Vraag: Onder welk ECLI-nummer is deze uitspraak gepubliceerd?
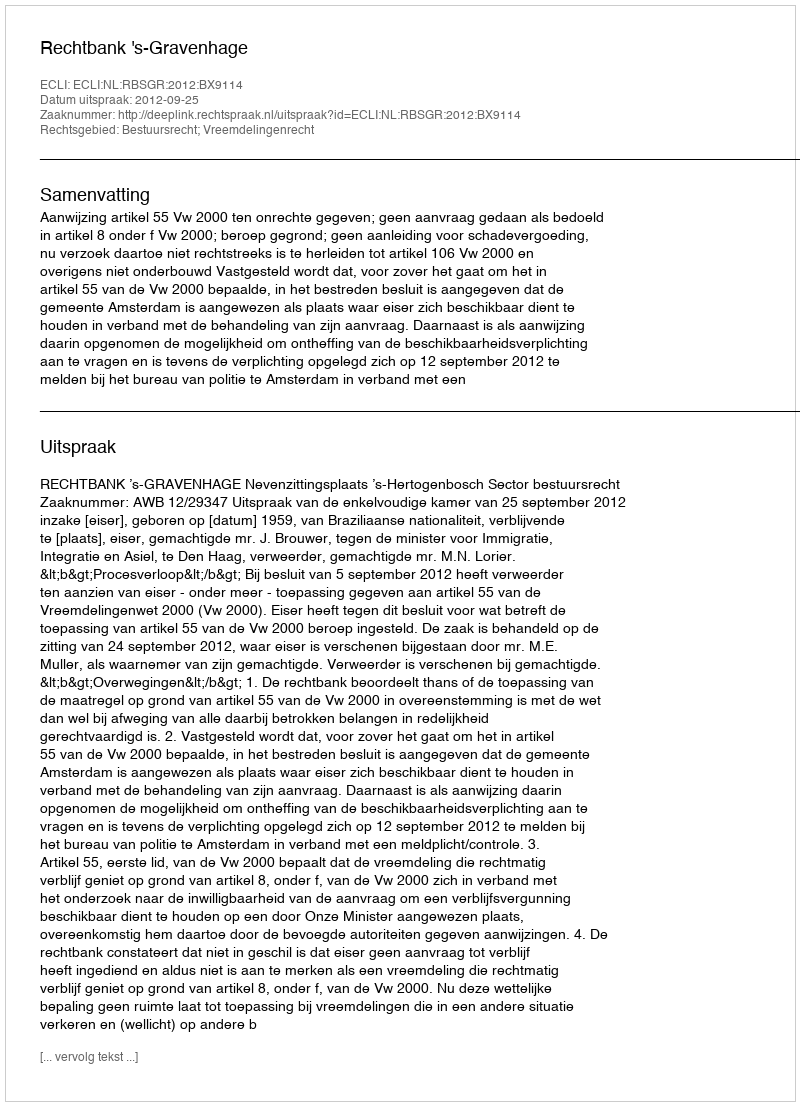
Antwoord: ECLI:NL:RBSGR:2012:BX9114